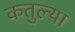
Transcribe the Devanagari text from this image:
कतुल्या